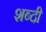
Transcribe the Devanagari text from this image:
शब्दी